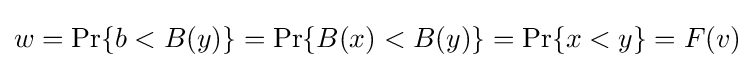
w=\Pr\{b<B(y)\}=\Pr\{B(x)<B(y)\}=\Pr\{x<y\}=F(v)